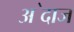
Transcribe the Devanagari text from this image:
अ॓दाज